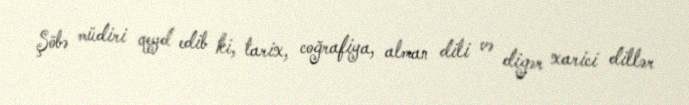
Şöbə müdiri qeyd edib ki, tarix, coğrafiya, alman dili və digər xarici dillər